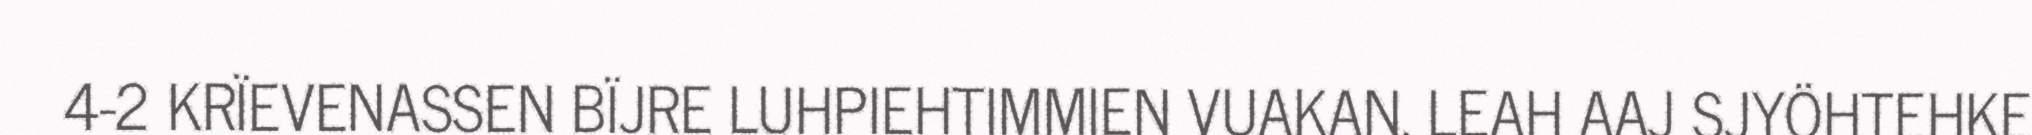
4-2 KRÏEVENASSEN BÏJRE LUHPIEHTIMMIEN VUAKAN, LEAH AAJ SJYÖHTEHKE